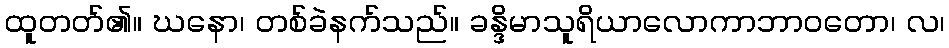
ထူတတ်၏။ ဃနော၊ တစ်ခဲနက်သည်။ ခန္ဒိမာသူရိယာလောကာဘာဝတော၊ လ၊